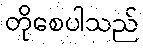
တိုစေပါသည်